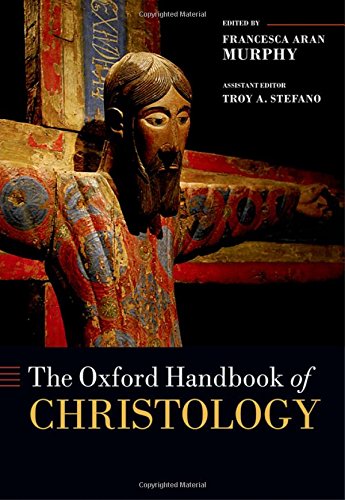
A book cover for The Oxford Handbook of Christology (Oxford Handbooks in Religion and Theology); Christian Books & Bibles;